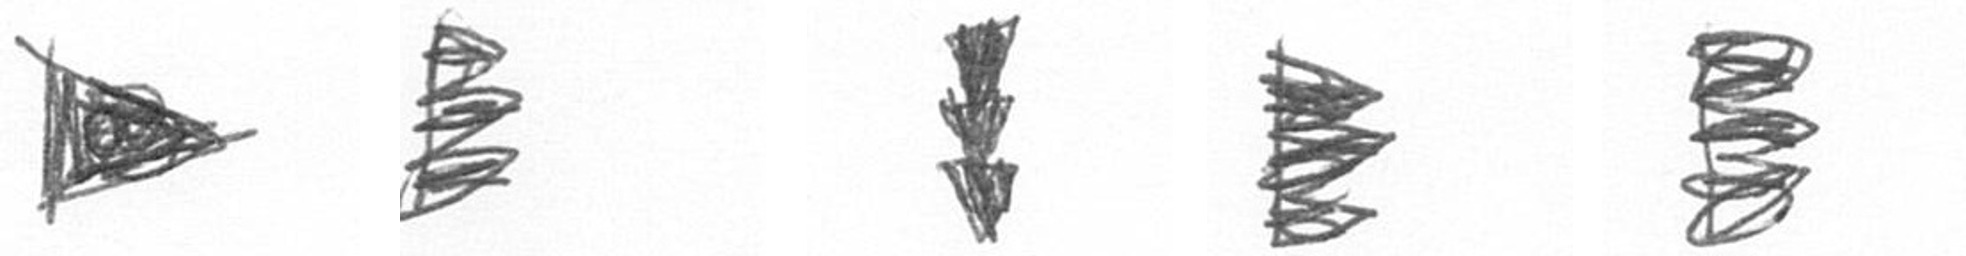
T H E H H